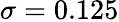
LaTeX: \sigma=0.125